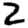
Digit: 2